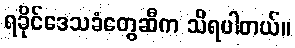
ရခိုင်ဒေသခံတွေဆီက သိရပါတယ်။